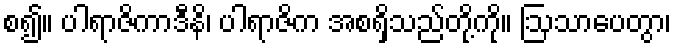
စ၍။ ပါရာဇိကာဒီနိ၊ ပါရာဇိက အစရှိသည်တို့ကို။ ဩသာပေတွာ၊